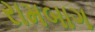
રામબાગ